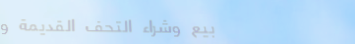
بيع وشراء التحف القديمة و